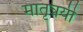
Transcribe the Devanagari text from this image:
मातृत्रयी